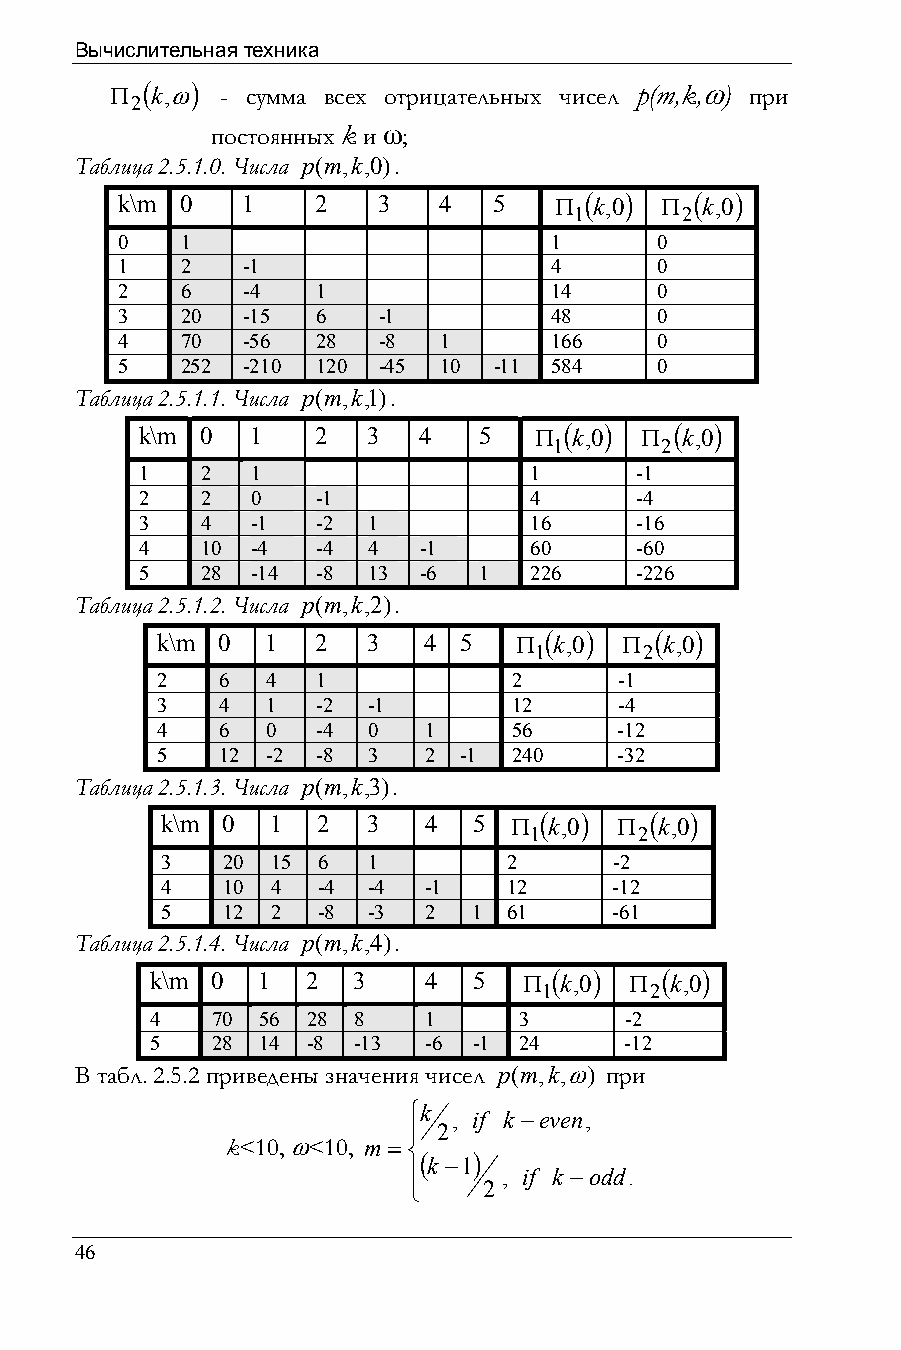
Вычислительная техника
 Π (k,ω) - сумма всех отрицательных чисел p(m,k,ω) при
 2
 постоянных k и ω;
 Таблица 2.5.1.0. Числа p(m,k,0).
 k\m 0   1    2   3   4   5   Π ( k,0) Π (k,0)
 1      2
 0   1                       1      0
 1   2   -1                  4      0
 2   6   -4   1              14     0
 3   20  -15  6   -1         48     0
 4   70  -56  28  -8  1      166    0
 5   252 -210 120 -45 10  -11 584   0
 Таблица 2.5.1.1. Числа p(m,k,1).
 k\m 0   1   2  3   4   5  Π (k,0) Π (k,0)
 1      2
 1   2   1                 1      -1
 2   2   0   -1            4      -4
 3   4   -1  -2 1          16     -16
 4   10  -4  -4 4   -1     60     -60
 5   28  -14 -8 13  -6  1  226    -226
 Таблица 2.5.1.2. Числа p(m,k,2).
 k\m 0   1  2  3   4 5   Π (k,0) Π (k,0)
 1       2
 2   6   4  1            2      -1
 3   4   1  -2 -1        12     -4
 4   6   0  -4 0   1     56     -12
 5   12  -2 -8 3   2 -1  240    -32
 Таблица 2.5.1.3. Числа p(m,k,3).
 k\m 0  1  2  3   4  5  Π (k,0) Π (k,0)
 1      2
 3   20 15 6  1         2      -2
 4   10 4  -4 -4  -1    12     -12
 5   12 2  -8 -3  2  1  61     -61
 Таблица 2.5.1.4. Числа p(m,k,4).
 k\m 0  1  2  3    4  5   Π (k,0) Π (k,0)
 1      2
 4   70 56 28 8    1     3      -2
 5   28 14 -8 -13  -6 -1 24     -12
 В табл. 2.5.2 приведены значения чисел p(m,k,ω) при
 ⎧k
 , if k −even,
 ⎪ 2
 k<10, ω<10, m = ⎨
 (k −1)
 ⎪     , if k −odd.
 ⎩    2
 46